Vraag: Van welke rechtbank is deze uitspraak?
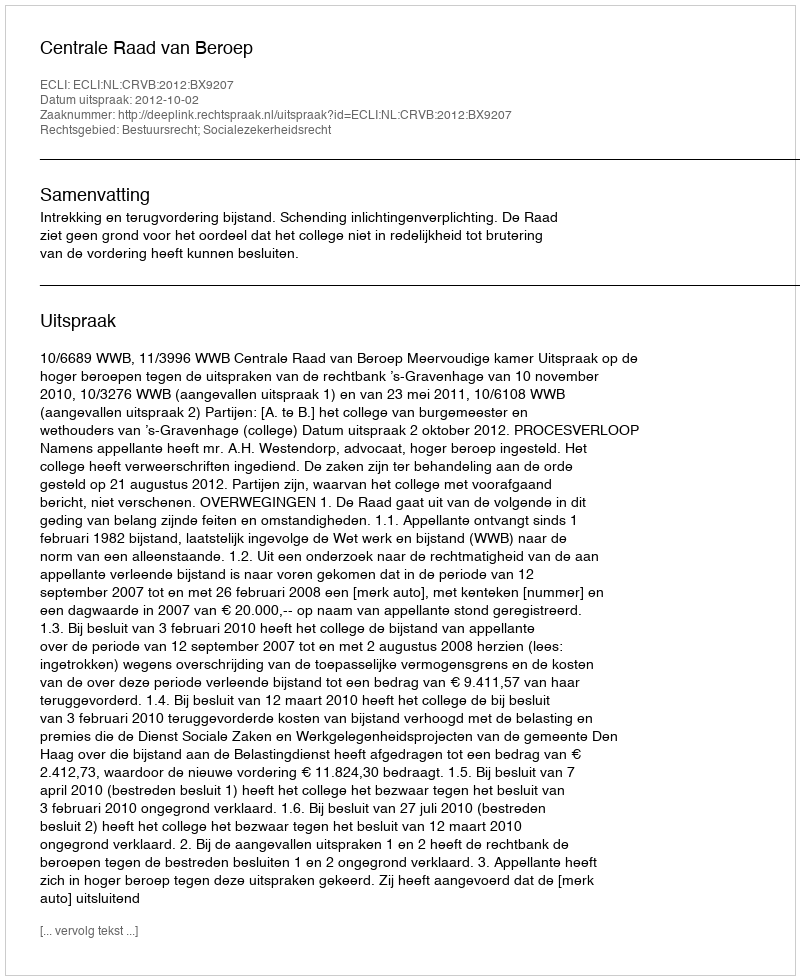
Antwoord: Centrale Raad van Beroep